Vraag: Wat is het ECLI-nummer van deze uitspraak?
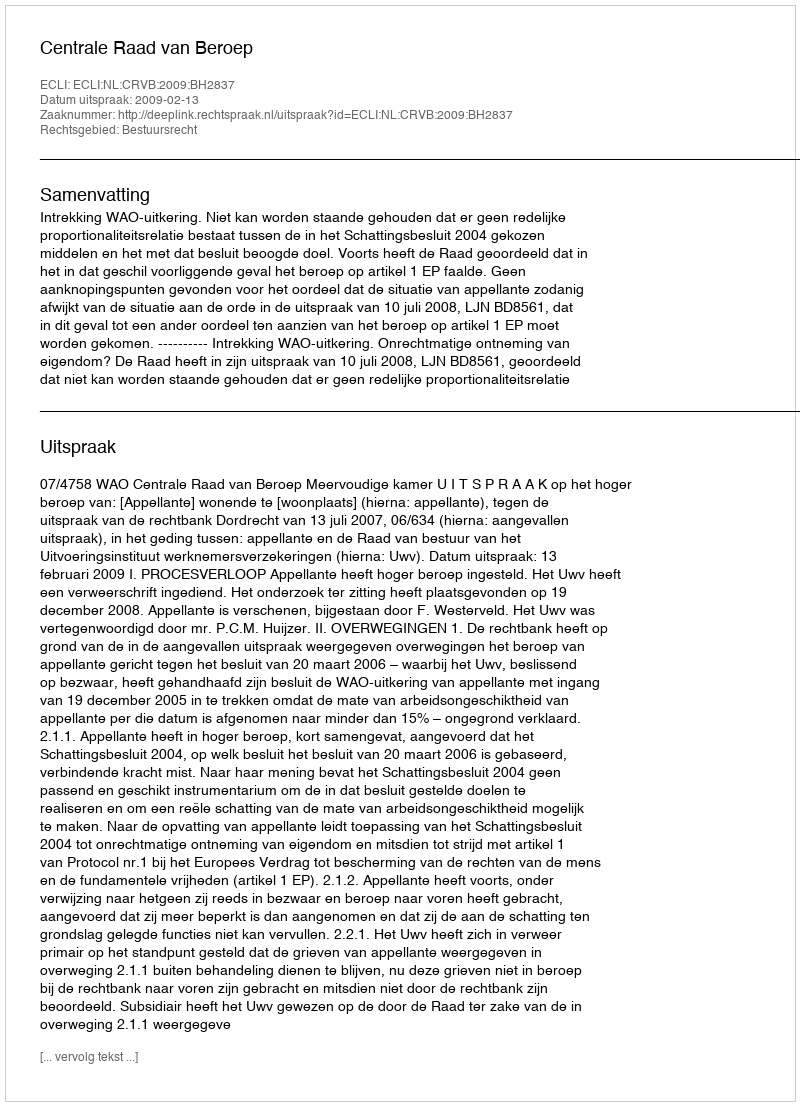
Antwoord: ECLI:NL:CRVB:2009:BH2837